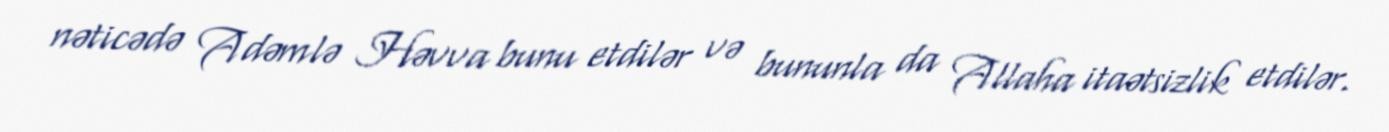
nəticədə Adəmlə Həvva bunu etdilər və bununla da Allaha itaətsizlik etdilər.